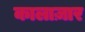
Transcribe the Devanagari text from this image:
कालाज़ार